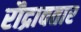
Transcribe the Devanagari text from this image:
रौद्रावतार